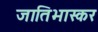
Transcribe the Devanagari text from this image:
जातिभास्कर